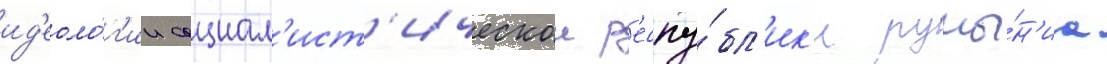
ид'еоло́г'ии социал'ист'ическои р'еспу́бл'ик'и румы́н'иа